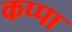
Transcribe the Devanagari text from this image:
कप्‍पा